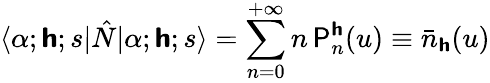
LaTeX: \langle\alpha;\boldsymbol{\mathsf{h}};s|\hat{N}|\alpha;\boldsymbol{\mathsf{h}};s\rangle=\sum_{n=0}^{+\infty}n\, \mathsf{P}_{n}^{\boldsymbol{\mathsf{h}}}(u)\equiv\bar{n}_{\boldsymbol{\mathsf{h}}}(u)